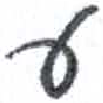
אות: ע